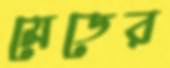
মেডের